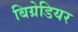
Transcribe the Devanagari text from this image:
बिग्रेडियर